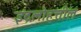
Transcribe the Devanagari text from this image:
इंद्रलोहत्तील